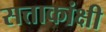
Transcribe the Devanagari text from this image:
सत्ताकांक्षी